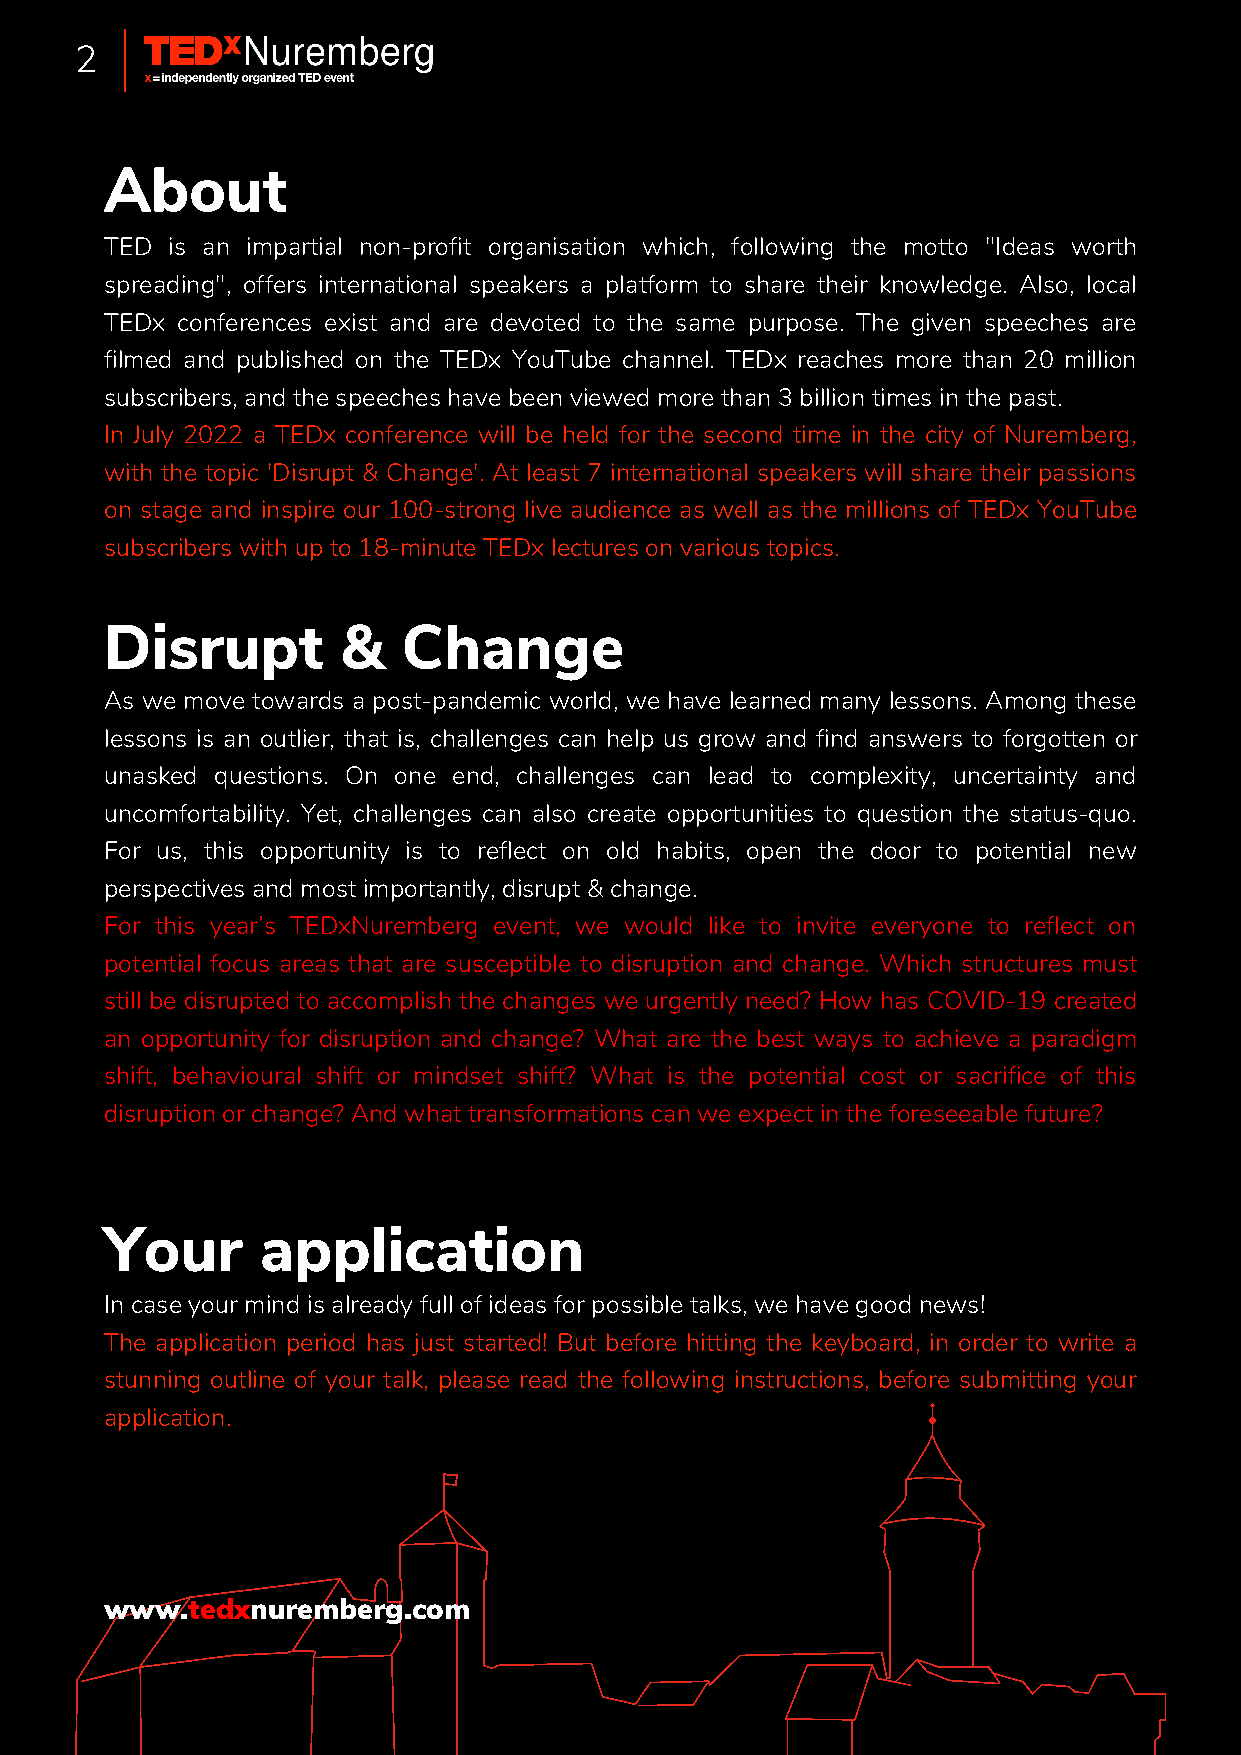
2
 About
 TED is an impartial non-profit organisation which, following the motto "Ideas worth
 spreading", offers international speakers a platform to share their knowledge. Also, local
 TEDx conferences exist and are devoted to the same purpose. The given speeches are
 filmed and published on the TEDx YouTube channel. TEDx reaches more than 20 million
 subscribers, and the speeches have been viewed more than 3 billion times in the past.
 In July 2022 a TEDx conference will be held for the second time in the city of Nuremberg,
 with the topic 'Disrupt & Change'. At least 7 international speakers will share their passions
 on stage and inspire our 100-strong live audience as well as the millions of TEDx YouTube
 subscribers with up to 18-minute TEDx lectures on various topics.
 Disrupt         &   Change
 As we move towards a post-pandemic world, we have learned many lessons. Among these
 lessons is an outlier, that is, challenges can help us grow and find answers to forgotten or
 unasked questions. On one end, challenges can lead to complexity, uncertainty and
 uncomfortability. Yet, challenges can also create opportunities to question the status-quo.
 For us, this opportunity is to reflect on old habits, open the door to potential new
 perspectives and most importantly, disrupt & change.
 For this year’s TEDxNuremberg event, we would like to invite everyone to reflect on
 potential focus areas that are susceptible to disruption and change. Which structures must
 still be disrupted to accomplish the changes we urgently need? How has COVID-19 created
 an opportunity for disruption and change? What are the best ways to achieve a paradigm
 shift, behavioural shift or mindset shift? What is the potential cost or sacrifice of this
 disruption or change? And what transformations can we expect in the foreseeable future?
 Your      application
 In case your mind is already full of ideas for possible talks, we have good news!
 The application period has just started! But before hitting the keyboard, in order to write a
 stunning outline of your talk, please read the following instructions, before submitting your
 application.
 www.tedxnuremberg.com